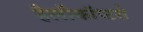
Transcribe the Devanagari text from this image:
हैलीकॉप्टरो